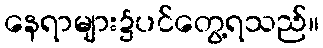
နေရာများ၌ပင်တွေ့ရသည်။